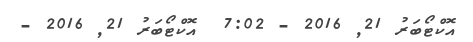
އޮކްޓޯބަރު 21